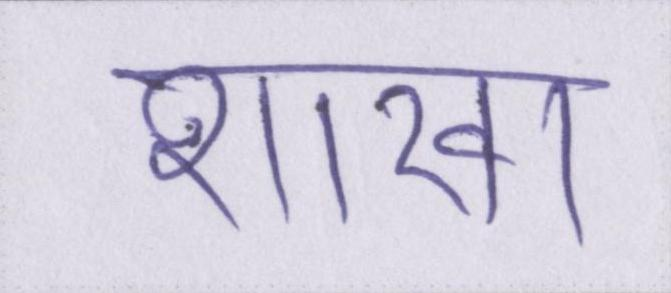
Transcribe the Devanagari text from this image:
शाखा